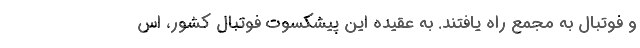
و فوتبال به مجمع راه یافتند. به عقیده این پیشکسوت فوتبال کشور، اس